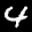
Label: 4